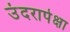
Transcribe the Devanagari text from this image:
उंदरापेक्षा